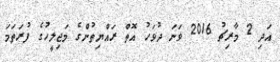
އަދި 2 މާރިޗު 2016 ވަނަ ދުވަހު އޮތް ރައްޔިތުންގެ މަޖިލީހުގެ ފުރަތަމަ